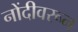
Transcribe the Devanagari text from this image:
नोंदीवरून